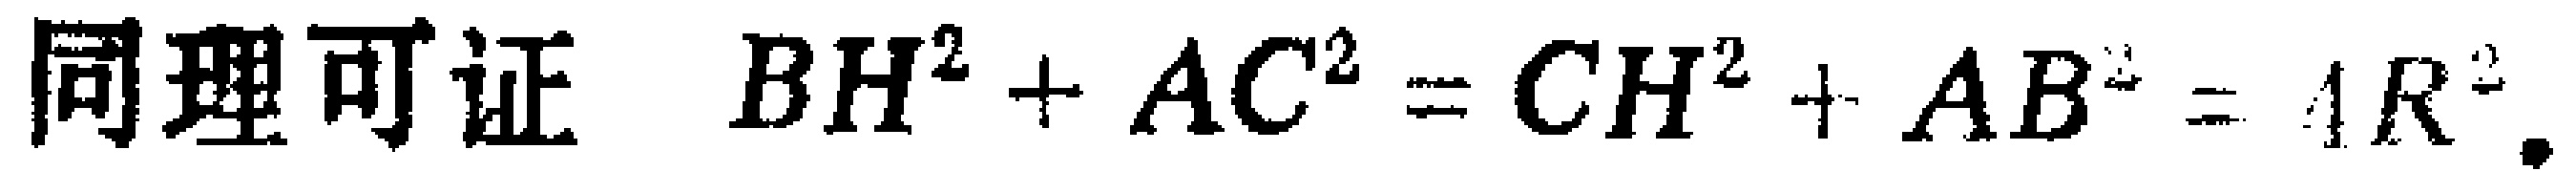
同理可证 \(BH^{2}+AC^{2}=CH^{2}+AB^{2}=4R^{2}\).